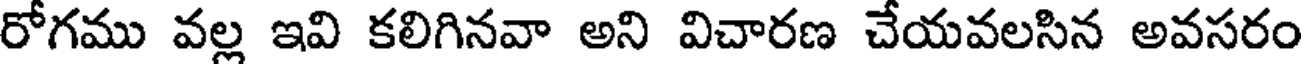
రోగము వల్ల ఇవి కలిగినవా అని విచారణ చేయవలసిన అవసరం